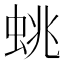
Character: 䖴